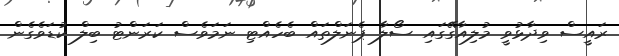
ރައީސް ވިދާޅުވީ މުލިއާގޭގައި ސޯލާ ޕެނަލްތައް ބެހެއްޓި ނަމަވެސް ކަރަންޓު ބިލް ކުޑަވެގެން